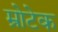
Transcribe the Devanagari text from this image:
म्रोटेक